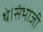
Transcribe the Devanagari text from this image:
थे।संभाजी